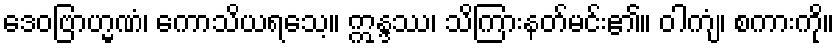
ဒေဝဗြာဟ္မဏံ၊ ကောသိယရသေ့။ ဣန္ဒဿ၊ သိကြားနတ်မင်း၏။ ဝါကျံ၊ စကားကို။